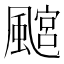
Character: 𩘎